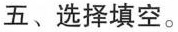
五、选择填空。